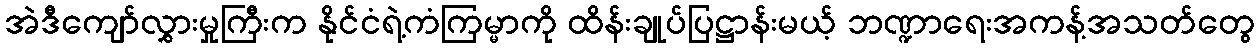
အဲဒီကျော်လွှားမှုကြီးက နိုင်ငံရဲ့ကံကြမ္မာကို ထိန်းချုပ်ပြဋ္ဌာန်းမယ့် ဘဏ္ဍာရေးအကန့်အသတ်တွေ